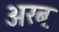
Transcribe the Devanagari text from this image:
अरब़